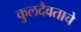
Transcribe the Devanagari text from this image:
कुलदैवताचे